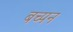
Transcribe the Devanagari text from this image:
बच्पन